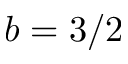
b = 3 / 2